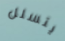
يتسلل